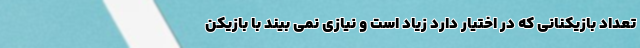
تعداد بازیکنانی که در اختیار دارد زیاد است و نیازی نمی بیند با بازیکن